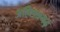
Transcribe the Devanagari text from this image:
अहिछत्रगढ़